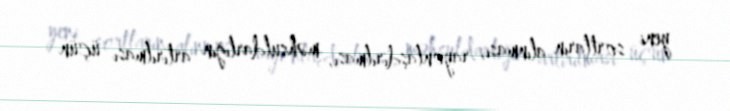
yeni sortların alınması, rayonlaşdırılması, məhsuldarlığın artırılması üçün